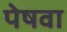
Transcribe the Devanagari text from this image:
पेषवा